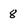
Character: 8